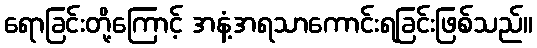
ရောခြင်းတို့ကြောင့် အနံ့အရသာကောင်းရခြင်းဖြစ်သည်။